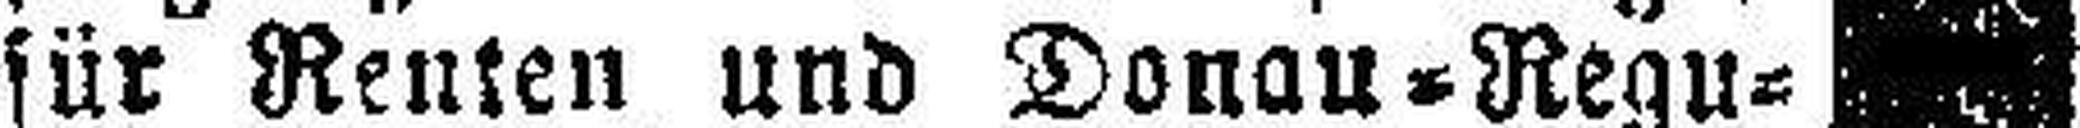
für Renten und Donau=Regu¬